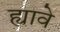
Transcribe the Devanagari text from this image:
ह्यावे